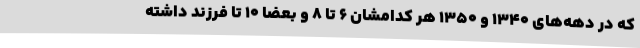
که در دهه‌های ۱۳۴۰ و ۱۳۵۰ هر کدامشان ۶ تا ۸ و بعضا ۱۰ تا فرزند داشته